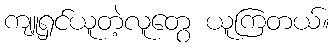
ကျူရှင်ယူတဲ့လူတွေ ယူကြတယ်။